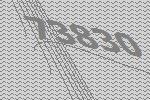
73830